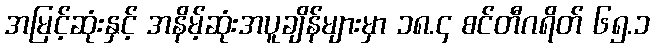
အမြင့်ဆုံးနှင့် အနိမ့်ဆုံးအပူချိန်များမှာ ၁၈.၄ စင်တီဂရိတ် ၆၅.၁